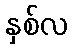
နှစ်လ